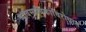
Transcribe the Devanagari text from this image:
व्यावसायिकांविरोधात